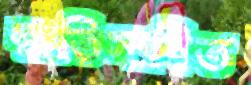
ক্ষতিসাধিত